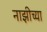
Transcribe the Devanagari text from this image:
नाझीच्या